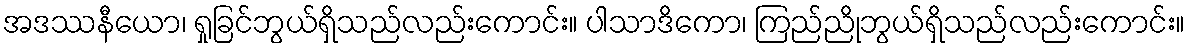
အဒဿနီယော၊ ရှုခြင်ဘွယ်ရှိသည်လည်းကောင်း။ ပါသာဒိကော၊ ကြည်ညိုဘွယ်ရှိသည်လည်းကောင်း။